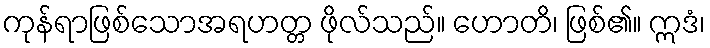
ကုန်ရာဖြစ်သောအရဟတ္တ ဖိုလ်သည်။ ဟောတိ၊ ဖြစ်၏။ ဣဒံ၊